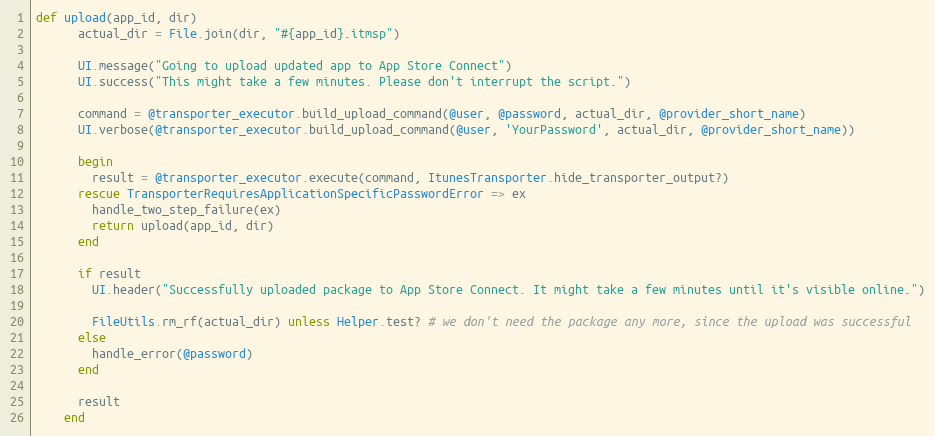
Language: Ruby
def upload(app_id, dir)
      actual_dir = File.join(dir, "#{app_id}.itmsp")

      UI.message("Going to upload updated app to App Store Connect")
      UI.success("This might take a few minutes. Please don't interrupt the script.")

      command = @transporter_executor.build_upload_command(@user, @password, actual_dir, @provider_short_name)
      UI.verbose(@transporter_executor.build_upload_command(@user, 'YourPassword', actual_dir, @provider_short_name))

      begin
        result = @transporter_executor.execute(command, ItunesTransporter.hide_transporter_output?)
      rescue TransporterRequiresApplicationSpecificPasswordError => ex
        handle_two_step_failure(ex)
        return upload(app_id, dir)
      end

      if result
        UI.header("Successfully uploaded package to App Store Connect. It might take a few minutes until it's visible online.")

        FileUtils.rm_rf(actual_dir) unless Helper.test? # we don't need the package any more, since the upload was successful
      else
        handle_error(@password)
      end

      result
    end